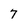
Character: 7